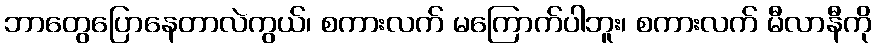
ဘာတွေပြောနေတာလဲကွယ်၊ စကားလက် မကြောက်ပါဘူး၊ စကားလက် မီလာနီကို